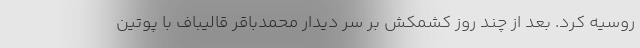
روسیه کرد. بعد از چند روز کشمکش بر سر دیدار محمدباقر قالیباف با پوتین